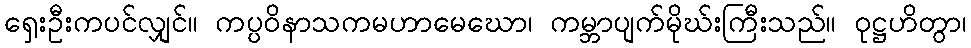
ရှေးဦးကပင်လျှင်။ ကပ္ပဝိနာသကမဟာမေဃော၊ ကမ္ဘာပျက်မိုဃ်းကြီးသည်။ ဝုဋ္ဌဟိတွာ၊